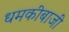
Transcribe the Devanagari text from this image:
धमकीबाजी